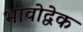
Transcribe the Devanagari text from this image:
भावोद्वेक